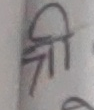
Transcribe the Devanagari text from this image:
श्री